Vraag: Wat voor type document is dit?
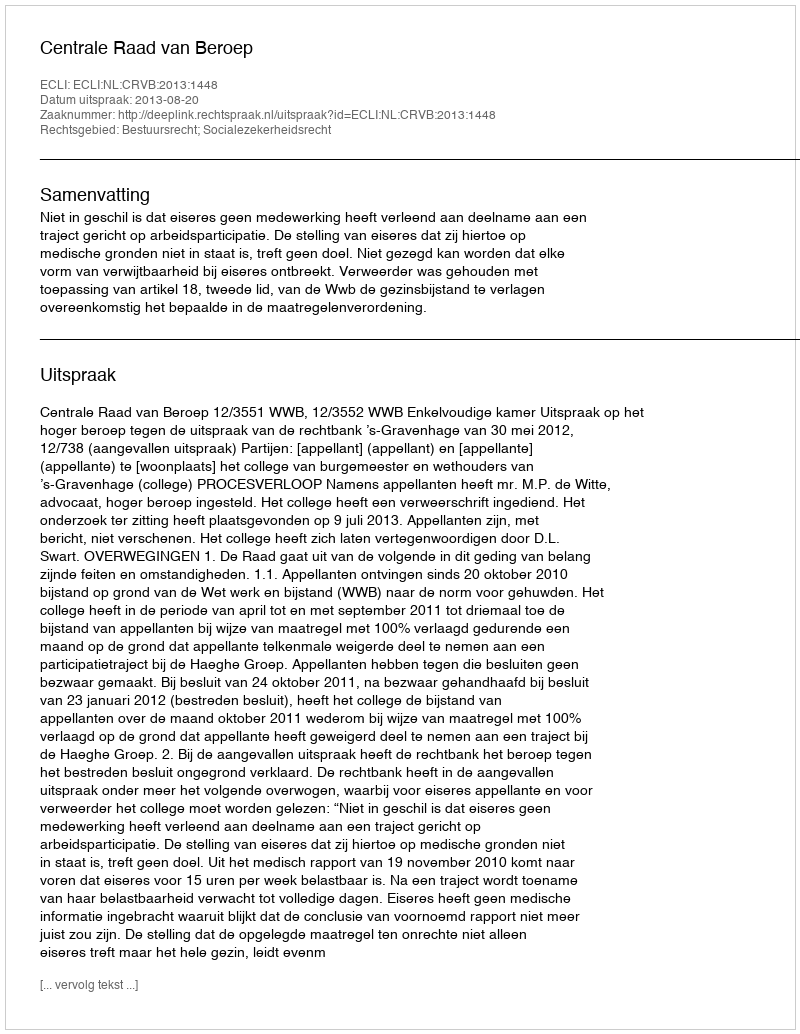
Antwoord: Uitspraak